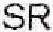
SR